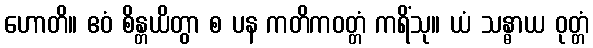
ဟောတိ။ ဧဝံ စိန္တယိတွာ စ ပန ကတိကဝတ္တံ ကရိံသု။ ယံ သန္ဓာယ ဝုတ္တံ